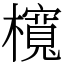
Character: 𣟂